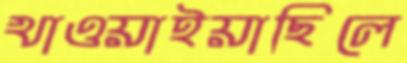
খাওয়াইয়াছিলে